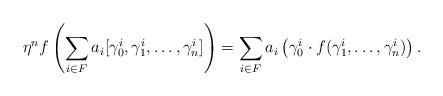
LaTeX: \begin{align*}\eta^n f \left(\sum_{i\in F} a_i [\gamma_0^i, \gamma_1^i, \ldots, \gamma_n^i ]\right) = \sum_{i\in F} a_i\left( \gamma_0^i \cdot f(\gamma_1^i, \ldots, \gamma_n^i)\right).\end{align*}